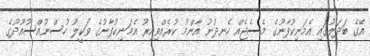
އޭގެ ބަދަލުގައި އެމަނިކުފާނުގެ މެސެޖެއް ހެނދުނު އާންމު ކުރެއްވިއިރު އެމަނިކުފާނުގެ ވަކީލު ހުސްނުއްސުއޫދުގެ